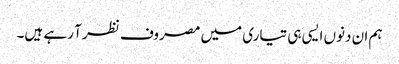
ہم ان دنوں ایسی ہی تیاری میں مصروف نظر آ رہے ہیں۔